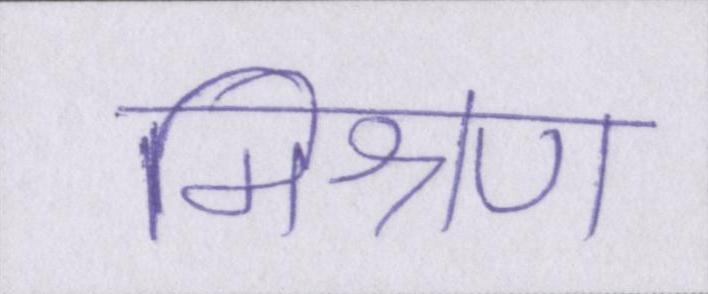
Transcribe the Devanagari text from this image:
मिश्रण